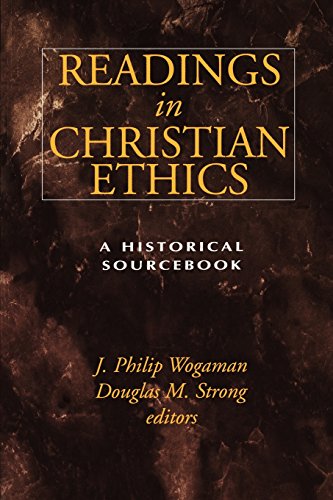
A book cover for Readings in Christian Ethics: A Historical Sourcebook; Religion & Spirituality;